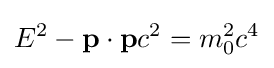
E^{2}-\mathbf {p} \cdot \mathbf {p} c^{2}=m_{0}^{2}c^{4}